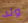
ولد